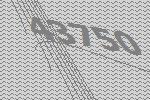
43750